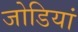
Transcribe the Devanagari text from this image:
जोडियां